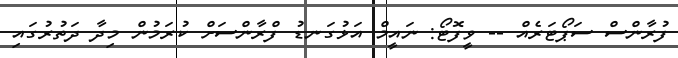
ފުރާންސް ސަޕޯޓަރެއް -- ވީފޮޓޯ: ނައީމް އަޅުގަނޑު ފްރާންސަށް ކުރަމުން މިދާ ދަތުރުގައި